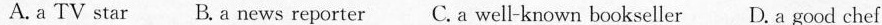
A. a TV star B. a news reporter C. a well-known bookseller D. a good chef